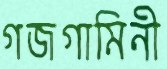
গজগামিনী